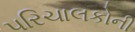
પરિચાલકોની